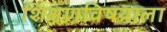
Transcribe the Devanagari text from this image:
शिक्षणविषयाला